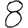
Digit: 8